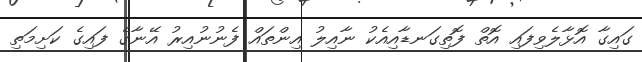
ގައިގާ އޮޅާލެވިފައި އޮތް ފޮތިގަނޑާއިއެކު ނާއިލު އިންތައް ފެނުނުއިރު އޭނާގެ ފައިގެ ކަށިމަތި